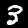
Digit: 3